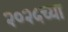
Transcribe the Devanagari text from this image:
२०२५च्या